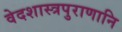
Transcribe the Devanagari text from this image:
वेदशास्त्रपुराणानि